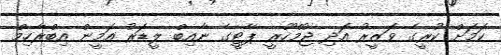
ކަމަށް ކުރީގެ ވަޒީރު އަދި ޖުމްހޫރީ ޕާޓީގެ ނާއިބް ލީޑަރު އަމީން އިބްރާހިމް